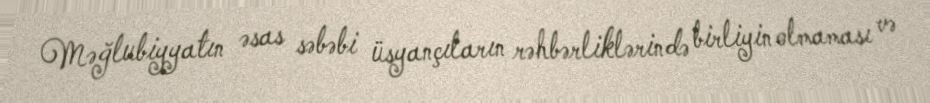
Məğlubiyyatın əsas səbəbi üsyançıların rəhbərliklərində birliyin olmaması və